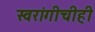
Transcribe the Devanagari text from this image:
स्वरांगीचीही